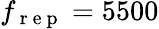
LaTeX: f_{\mathrm{~r~e~p~}}=5500